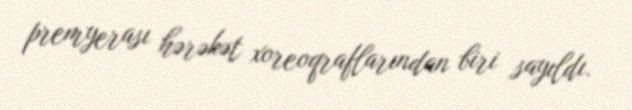
premyerası hərəkət xoreoqraflarından biri sayıldı.